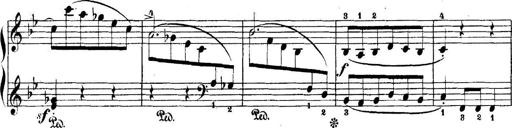
Title: 5 Sonatinas
Composer: Theodor Kirchner